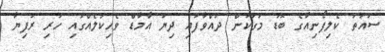
ސައުތު ކެލިފޯނިއާގެ ބޮޑު މަގަކުން ދުއްވާފައި ދިޔަ އާމާޑް ވެހިކަލެއްގައި ހުރި ރުފިޔާ